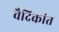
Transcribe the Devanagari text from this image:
वैदिकांत